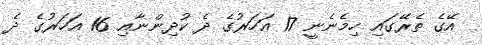
އޭގެ ތެރޭގައި ހިމެނެނީ 17 އަހަރުގެ ދެ ކުދިންނާއި 16 އަހަރުގެ ދެ